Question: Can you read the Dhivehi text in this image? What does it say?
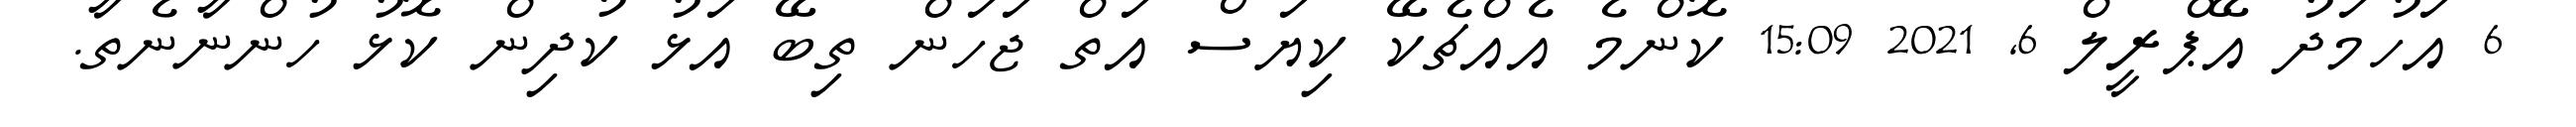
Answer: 6 އަހުމަދު އޭޕްރީލް 6, 2021 15:09 ކޮންމެ އެއްޗެކޭ ކިޔަސް އަތް ޖަހަން ތިބޭ އަޅު ކުދިން ކޮޅު ހުންނާނެތާ.